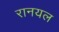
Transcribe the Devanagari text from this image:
रानयल